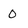
Character: O